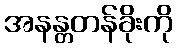
အနန္တတန်ခိုးကို